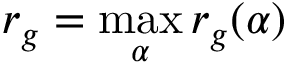
r _ { g } = \operatorname* { m a x } _ { \alpha } { r _ { g } ( \alpha ) }